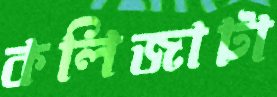
কলিজাটা